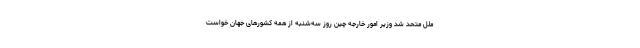
ملل متحد شد وزیر امور خارجه چین روز سه‌شنبه از همه کشورهای جهان خواست